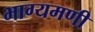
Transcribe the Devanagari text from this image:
भाग्यमणी